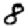
Digit: 8